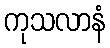
ကုသလာနံ